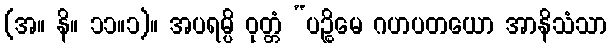
(အ။ နိ။ ၁၁။၁)။ အပရမ္ပိ ဝုတ္တံ “ပဉ္စိမေ ဂဟပတယော အာနိသံသာ